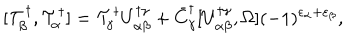
[ { \cal T } _ { \beta } ^ { \dagger } , { \cal T } _ { \alpha } ^ { \dagger } ] = { \cal T } _ { \gamma } ^ { \dagger } U _ { \alpha \beta } ^ { \dagger \gamma } + \bar { C } _ { \gamma } ^ { \dagger } [ U _ { \alpha \beta } ^ { \dagger \gamma } , \Omega ] ( - 1 ) ^ { \varepsilon _ { \alpha } + \varepsilon _ { \beta } } ,